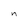
Character: n